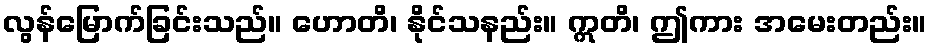
လွန်မြောက်ခြင်းသည်။ ဟောတိ၊ နိုင်သနည်း။ ဣတိ၊ ဤကား အမေးတည်း။